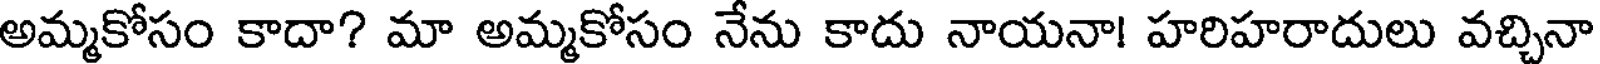
అమ్మకోసం కాదా? మా అమ్మకోసం నేను కాదు నాయనా! హరిహరాదులు వచ్చినా